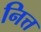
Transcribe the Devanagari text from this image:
नित्त